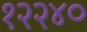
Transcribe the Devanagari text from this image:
१२२४०